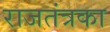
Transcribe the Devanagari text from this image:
राजतंत्रका